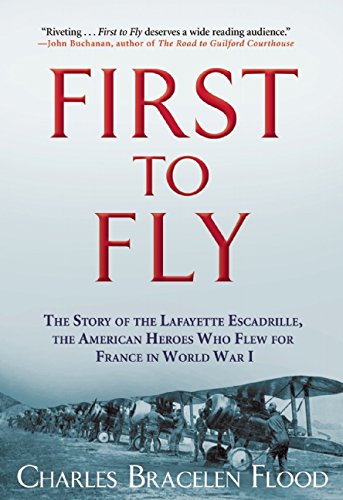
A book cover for First to Fly: The Story of the Lafayette Escadrille, the American Heroes Who Flew For France in World War I; Charles Bracelen Flood; History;